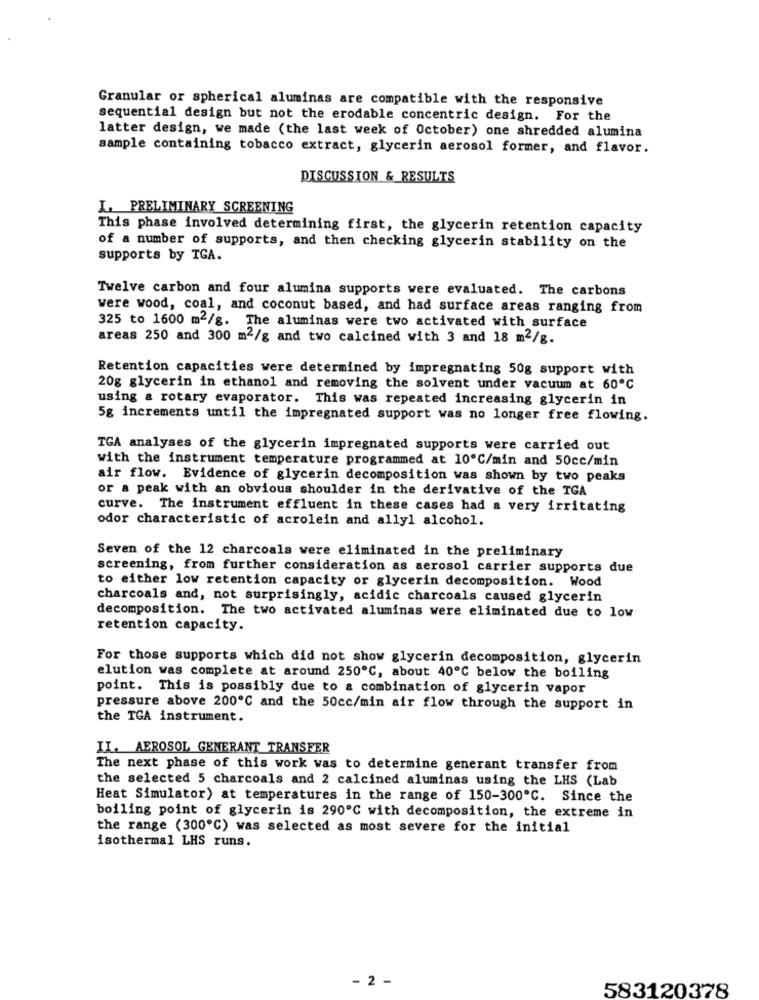
Granular or spherical aluminas are compatible with the responsive
sequential design but not the erodable concentric design. For the
latter design, we made (the last week of October) one shredded alumina
sample containing tobacco extract, glycerin aerosol former, and flavor.
DISCUSSION & RESULTS
I. PRELIMINARY SCREENING
This phase involved determining first, the glycerin retention capacity
of a number of supports, and then checking glycerin stability on the
supports by TGA.
Twelve carbon and four alumina supports were evaluated. The carbons
were wood, coal, and coconut based, and had surface areas ranging from
325 to 1600 m2/g. The aluminas were two activated with surface
areas 250 and 300 m2/g and two calcined with 3 and 18 m2/g.
Retention capacities were determined by impregnating 50g support with
20g glycerin in ethanol and removing the solvent under vacuum at 60℃
using a rotary evaporator. This was repeated increasing glycerin in
5g increments until the impregnated support was no longer free flowing.
TGA analyses of the glycerin impregnated supports were carried out
with the instrument temperature programmed at 10ºC/min and 50cc/min
air flow. Evidence of glycerin decomposition was shown by two peaks
or a peak with an obvious shoulder in the derivative of the TGA
curve. The instrument effluent in these cases had a very irritating
odor characteristic of acrolein and allyl alcohol.
Seven of the 12 charcoals were eliminated in the preliminary
screening, from further consideration as aerosol carrier supports due
to either low retention capacity or glycerin decomposition. Wood
charcoals and, not surprisingly, acidic charcoals caused glycerin
decomposition. The two activated aluminas were eliminated due to low
retention capacity.
For those supports which did not show glycerin decomposition, glycerin
elution was complete at around 250℃, about 40℃ below the boiling
point. This is possibly due to a combination of glycerin vapor
pressure above 200℃ and the 50cc/min air flow through the support in
the TGA instrument.
II. AEROSOL GENERANT TRANSFER
The next phase of this work was to determine generant transfer from
the selected 5 charcoals and 2 calcined aluminas using the LHS (Lab
Heat Simulator) at temperatures in the range of 150-300℃. Since the
boiling point of glycerin is 290℃ with decomposition, the extreme in
the range (300℃) was selected as most severe for the initial
isothermal LHS runs.
- 2 -
583120378